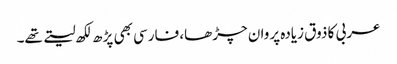
عربی کا ذوق زیادہ پروان چڑھا، فارسی بھی پڑھ لکھ لیتے تھے۔